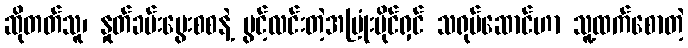
ဆိုတတ်သူ၊ နှုတ်ခမ်းမွေးစစနဲ့ ပွင့်လင်းတဲ့အပြုံးပိုင်ရှင် သရုပ်ဆောင်ဟာ သူ့ထက်စောတဲ့